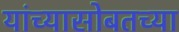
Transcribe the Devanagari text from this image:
यांच्यासोबतच्या